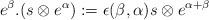
LaTeX: \begin{align*}e^{\beta}.(s\otimes e^{\alpha}):=\epsilon(\beta,\alpha)s\otimes e^{\alpha+\beta}\end{align*}